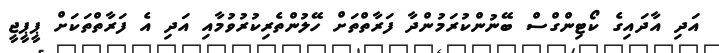
އަދި އާދައިގެ ކޯޓިންގްސް ބޭނުންކުރަމުންދާ ފަރާތްތަށް ހޭލުންތެރިކުރުވުމާއި އަދި އެ ފަރާތްތަކަށް ޕީޕީޖީ